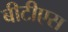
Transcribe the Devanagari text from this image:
बीटीएस